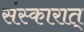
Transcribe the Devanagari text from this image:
संस्कारात्